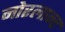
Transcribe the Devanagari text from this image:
नोरलान्ट